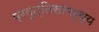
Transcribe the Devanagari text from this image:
प्रवृत्तिसामर्थ्य